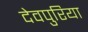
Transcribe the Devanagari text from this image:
देवपुरिया